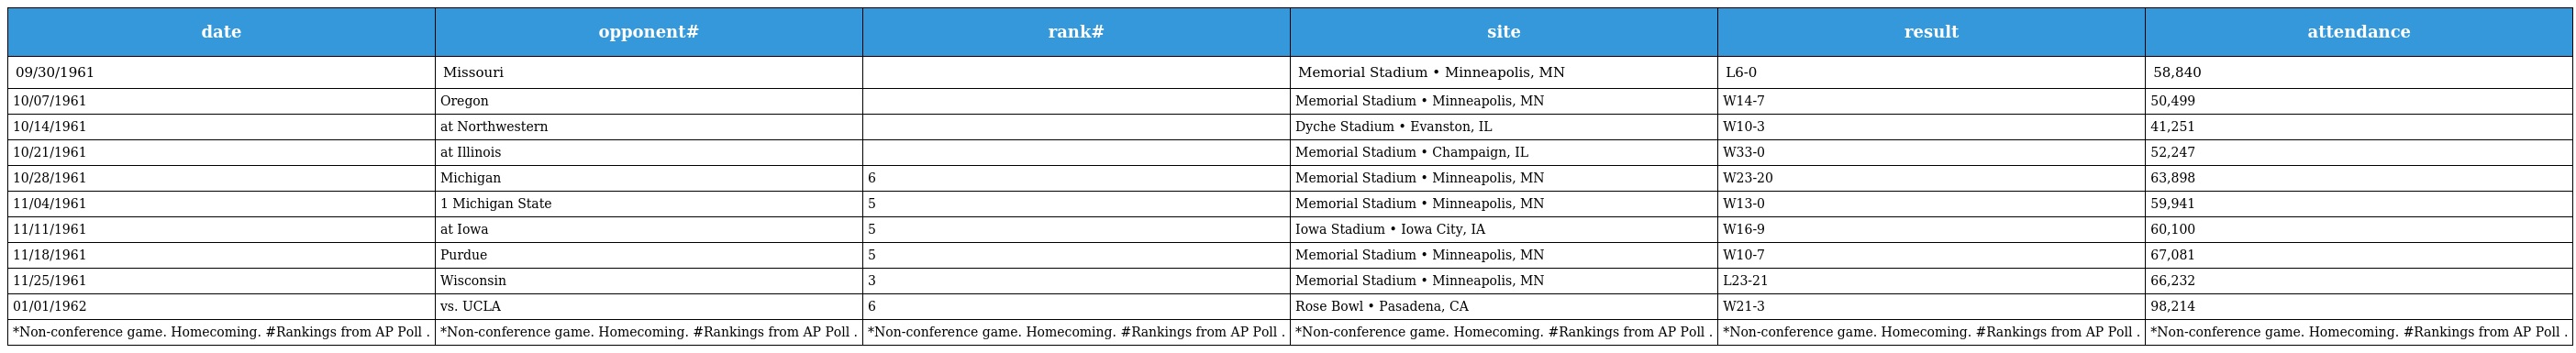
| date | opponent# | rank# | site | result | attendance |
 | --- | --- | --- | --- | --- | --- |
 | 09/30/1961 | Missouri |  | Memorial Stadium • Minneapolis, MN | L6-0 | 58,840 |
 | 10/07/1961 | Oregon |  | Memorial Stadium • Minneapolis, MN | W14-7 | 50,499 |
 | 10/14/1961 | at Northwestern |  | Dyche Stadium • Evanston, IL | W10-3 | 41,251 |
 | 10/21/1961 | at Illinois |  | Memorial Stadium • Champaign, IL | W33-0 | 52,247 |
 | 10/28/1961 | Michigan | 6 | Memorial Stadium • Minneapolis, MN | W23-20 | 63,898 |
 | 11/04/1961 | 1 Michigan State | 5 | Memorial Stadium • Minneapolis, MN | W13-0 | 59,941 |
 | 11/11/1961 | at Iowa | 5 | Iowa Stadium • Iowa City, IA | W16-9 | 60,100 |
 | 11/18/1961 | Purdue | 5 | Memorial Stadium • Minneapolis, MN | W10-7 | 67,081 |
 | 11/25/1961 | Wisconsin | 3 | Memorial Stadium • Minneapolis, MN | L23-21 | 66,232 |
 | 01/01/1962 | vs. UCLA | 6 | Rose Bowl • Pasadena, CA | W21-3 | 98,214 |
 | *Non-conference game. Homecoming. #Rankings from AP Poll . | *Non-conference game. Homecoming. #Rankings from AP Poll . | *Non-conference game. Homecoming. #Rankings from AP Poll . | *Non-conference game. Homecoming. #Rankings from AP Poll . | *Non-conference game. Homecoming. #Rankings from AP Poll . | *Non-conference game. Homecoming. #Rankings from AP Poll . |